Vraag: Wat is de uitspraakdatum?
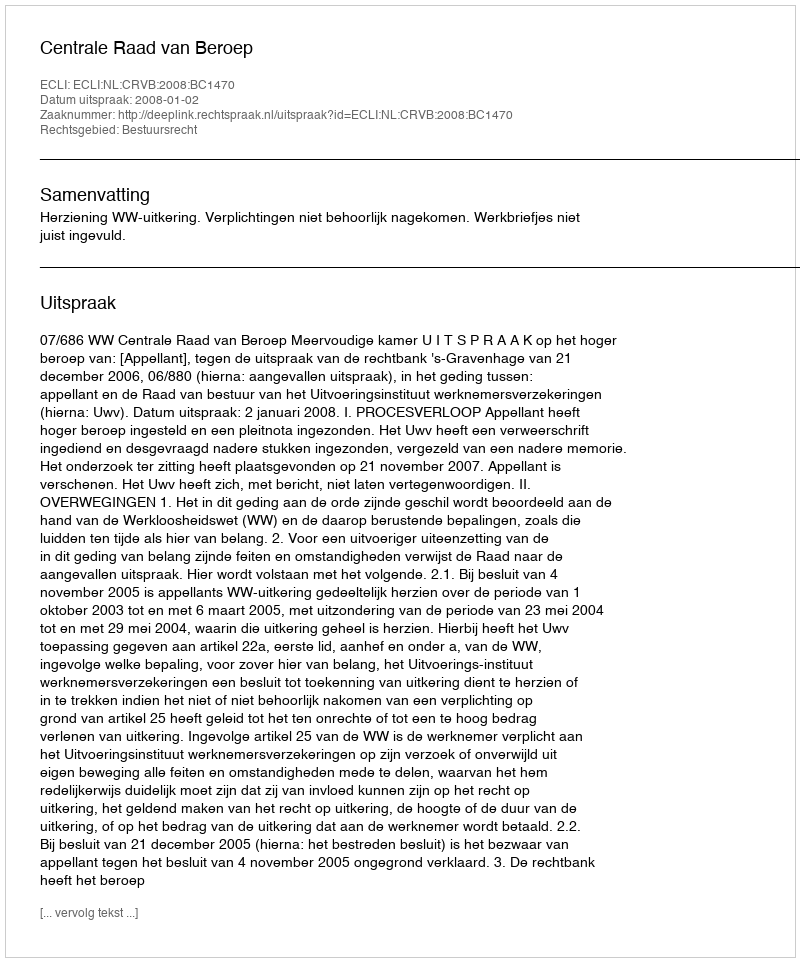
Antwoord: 2008-01-02